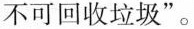
不可回收垃圾”。